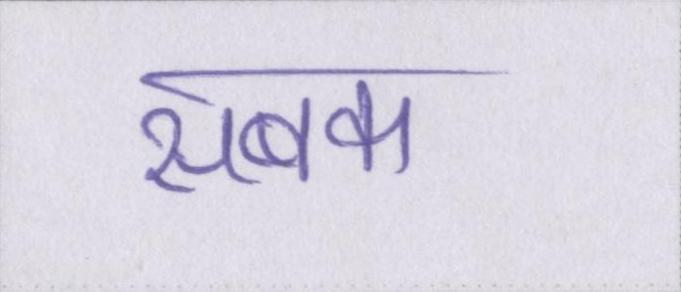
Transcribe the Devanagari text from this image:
सबक